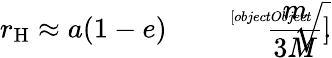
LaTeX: r_{\mathrm{H}}\approx a(1-e){\sqrt[[objectObject]]{\frac{m}{3M}}}.